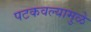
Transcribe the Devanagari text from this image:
पटकवल्यामुळे